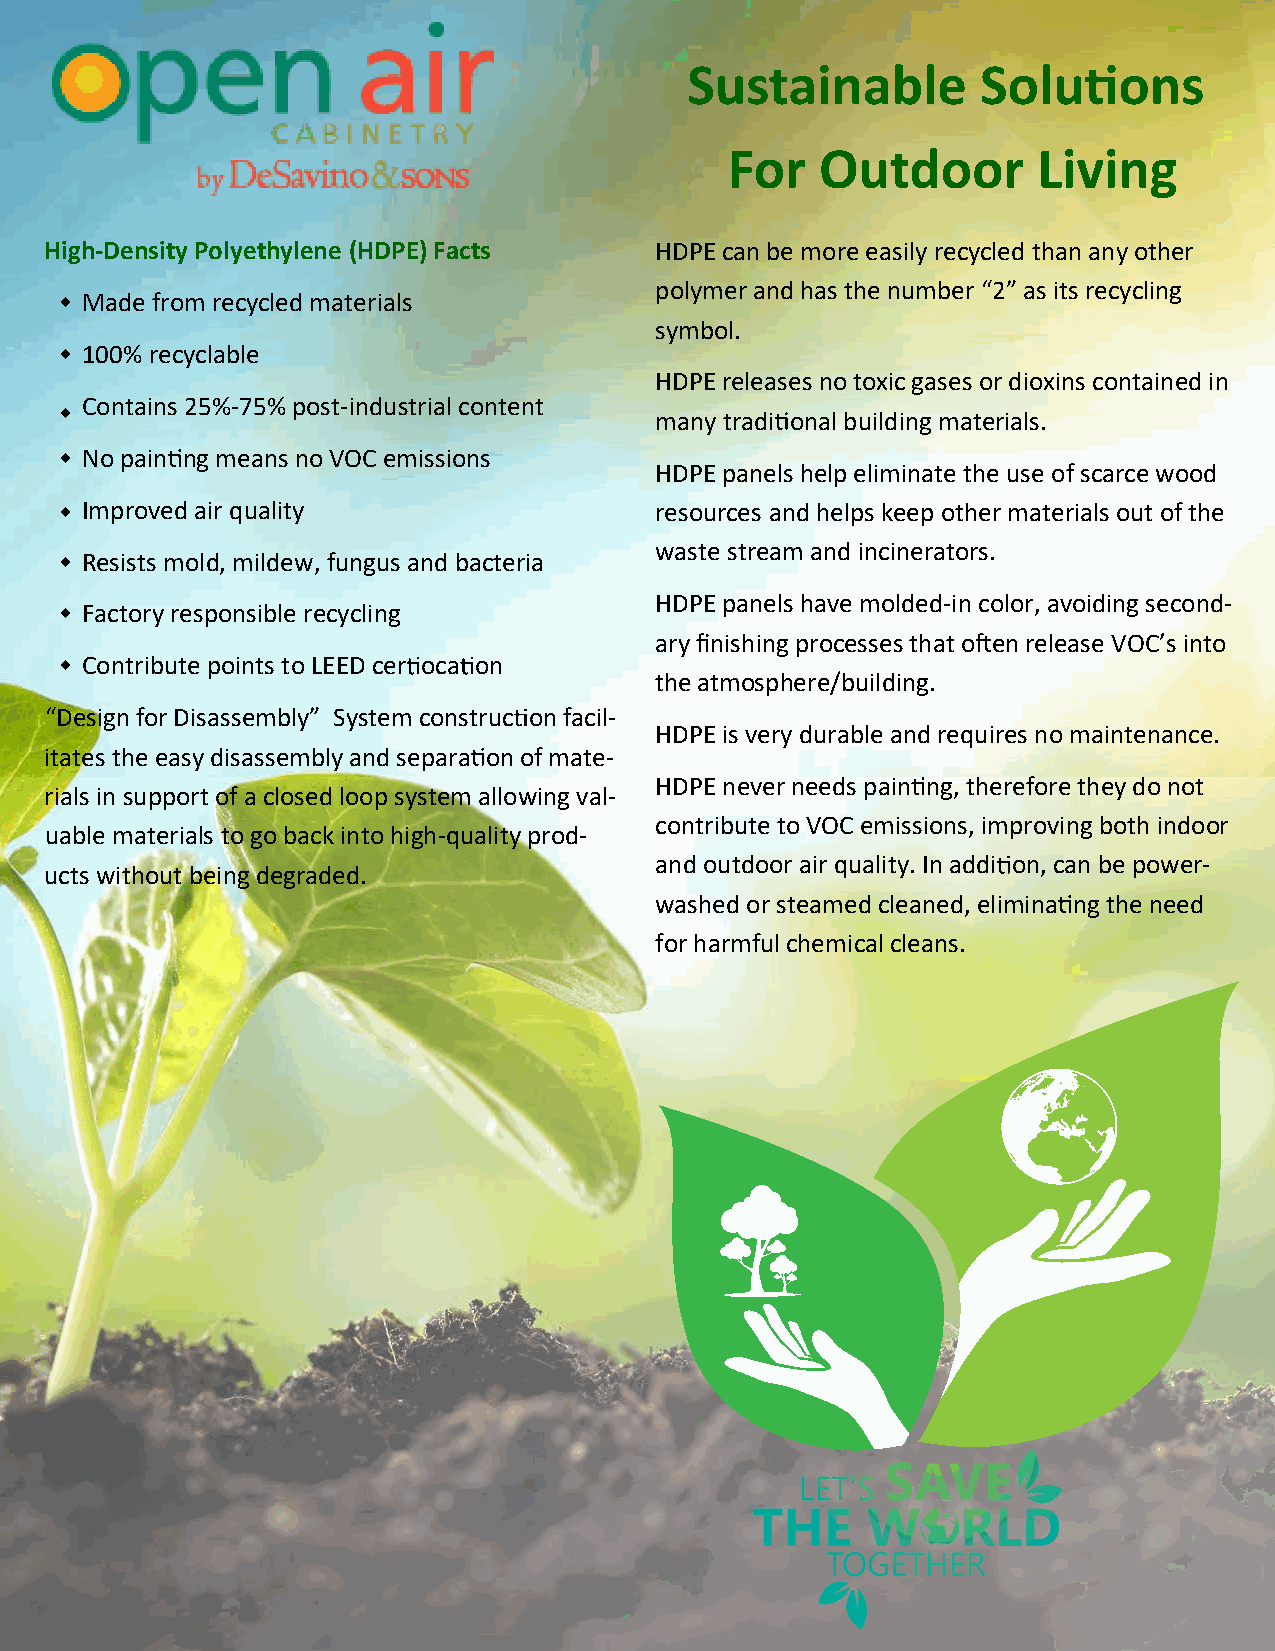
Sustainable        Solu     ons
 For   Outdoor        Living
 High-Density Polyethylene (HDPE) Facts  HDPE can be more easily recycled than any other
 polymer and has the number “2” as its recycling
  Made from recycled materials
 symbol.
  100% recyclable
 HDPE releases no toxic gases or dioxins contained in
  Contains 25%-75% post-industrial content
 many tradi onal building materials.
  No pain ng means no VOC emissions
 HDPE panels help eliminate the use of scarce wood
  Improved air quality                 resources and helps keep other materials out of the
 waste stream and incinerators.
  Resists mold, mildew, fungus and bacteria
 HDPE panels have molded-in color, avoiding second-
  Factory responsible recycling
 ary finishing processes that o en release VOC’s into
  Contribute points to LEED cer oca on
 the atmosphere/building.
 “Design for Disassembly” System construc on facil-
 HDPE is very durable and requires no maintenance.
 itates the easy disassembly and separa on of mate-
 HDPE never needs pain ng, therefore they do not
 rials in support of a closed loop system allowing val-
 contribute to VOC emissions, improving both indoor
 uable materials to go back into high-quality prod-
 and outdoor air quality. In addi on, can be power-
 ucts without being degraded.
 washed or steamed cleaned, elimina ng the need
 for harmful chemical cleans.